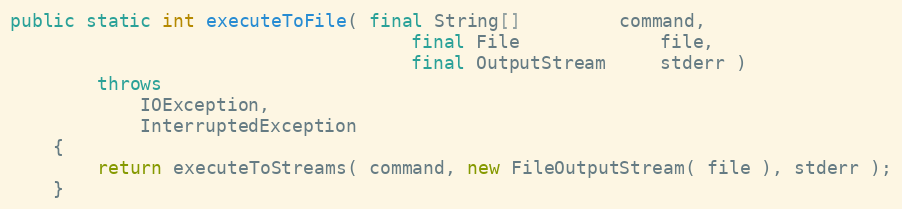
Language: Java
public static int executeToFile( final String[]         command,
                                     final File             file,
                                     final OutputStream     stderr )
        throws
            IOException,
            InterruptedException
    {
        return executeToStreams( command, new FileOutputStream( file ), stderr );
    }